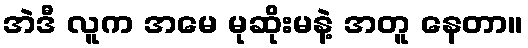
အဲဒီ လူက အမေ မုဆိုးမနဲ့ အတူ နေတာ။